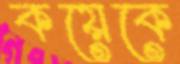
কয়েকে